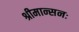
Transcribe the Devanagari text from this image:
श्रीमान्सनः